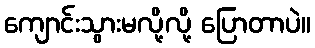
ကျောင်းသွားမလို့လို့ ပြောတာပဲ။